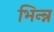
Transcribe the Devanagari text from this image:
भिन्न्न